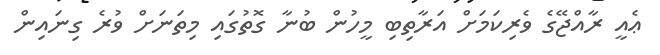
ޢެއީ ރާއްޖޭގެ ވެރިކަމަށް އަރާތިބި މީހުން ބުނާ ގޮތުގައި މިތަނަށް ވުރެ ގިނައިން